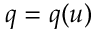
q = q ( u )